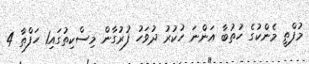
މުފްތީ މެންކުގެ ހުތުބާ އަންނަ ހުކުރު ދުވަހު ފުރުގާން މިސްކިތުގައި1 ހަފްތާ 4